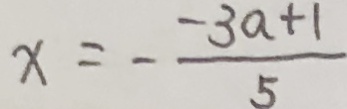
x = - \frac { - 3 a + 1 } { 5 }